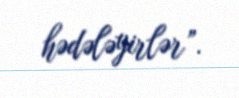
hədələyirlər”.